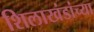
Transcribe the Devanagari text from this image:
शिलाखंडांच्या